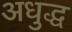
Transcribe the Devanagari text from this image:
अधुद्ध